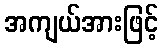
အကျယ်အားဖြင့်